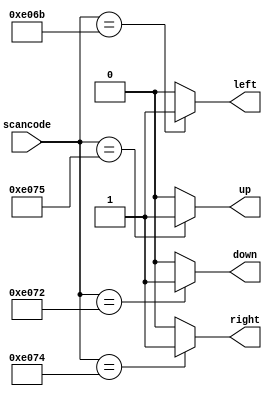
// synthesis verilog_input_version verilog_2001
module top_module (
    input [15:0] scancode,
    output reg left,
    output reg down,
    output reg right,
    output reg up  ); 
    
    always @(*) begin
        left 	= 1'b0;
        down 	= 1'b0;
        right	= 1'b0;
        up 		= 1'b0;
        case(scancode)
            16'he06b	:	left = 1'b1;
            16'he072	:	down = 1'b1;
            16'he074	:	right = 1'b1;
            16'he075	:	up = 1'b1;
        endcase
    end

endmodule